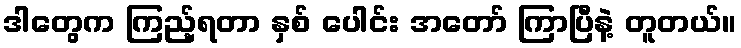
ဒါတွေက ကြည့်ရတာ နှစ် ပေါင်း အတော် ကြာပြီနဲ့ တူတယ်။